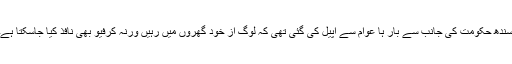
سندھ حکومت کی جانب سے بار ہا عوام سے اپیل کی گئی تھی کہ لوگ از خود گھروں میں رہیں ورنہ کرفیو بھی نافذ کیا جاسکتا ہے۔